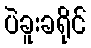
ပဲခူးခရိုင်